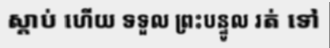
ស្តាប់ ហើយ ទទួល ព្រះបន្ទូល រត់ ទៅ